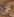
فى